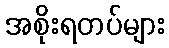
အစိုးရတပ်များ